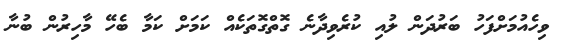
ވިހެއުމަށްފަހު ބަރުދަން ލުއި ކުރެވިދާނެ ގޮތްގޮތަކެއް ކަމަށް ކަމާ ބެހޭ މާހިރުން ބުނާ